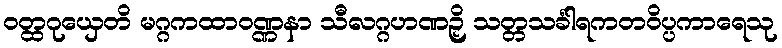
ဝတ္ထဂုယှေတိ မဂ္ဂကထာဝဏ္ဏနာ သီလဂ္ဂဟဏဉှိ သတ္တသင်္ခါရကတဝိပ္ပကာရေသု